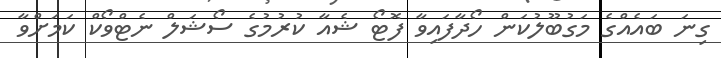
ގިނަ ބައެއްގެ މަގުބޫލުކަން ހޯދާފައިވާ ފޮޓޯ ޝެއާ ކުރުމުގެ ސޯޝަލް ނެޓްވޯކް ކަމަށްވާ